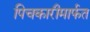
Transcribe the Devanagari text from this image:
पिचकारीमार्फत